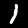
Label: 1